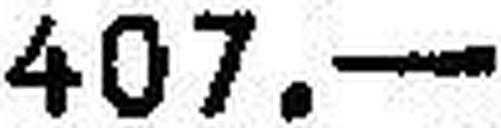
407.—